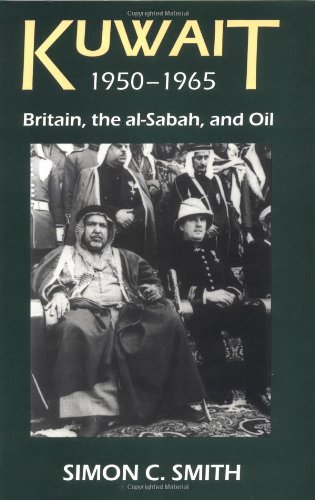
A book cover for Kuwait 1950-1965: Britain, the al-Sabah , and Oil (British Academy Postdoctoral Fellowship Monographs); Simon C. Smith; History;